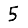
Digit: 5